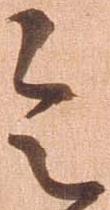
令